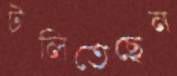
টলিতেছেন